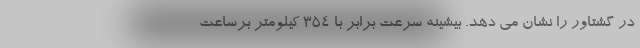
در گشتاور را نشان می دهد. بیشینه سرعت برابر با 354 کیلومتر برساعت